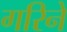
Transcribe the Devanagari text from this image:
गरिने